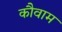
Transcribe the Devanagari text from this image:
कौवाम